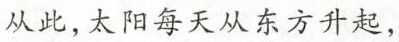
从此，太阳每天从东方升起，